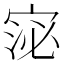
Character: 𭓻